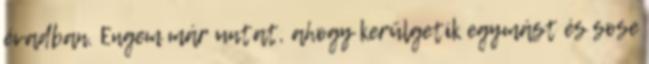
évadban. Engem már untat, ahogy kerülgetik egymást és sose